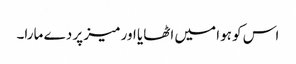
اس کو ہوا میں اٹھایا اور میز پر دے مارا۔